Indian journal of veterinary science and animal husbandry - Volumes 18-21, 1948-1951
Year: 1948
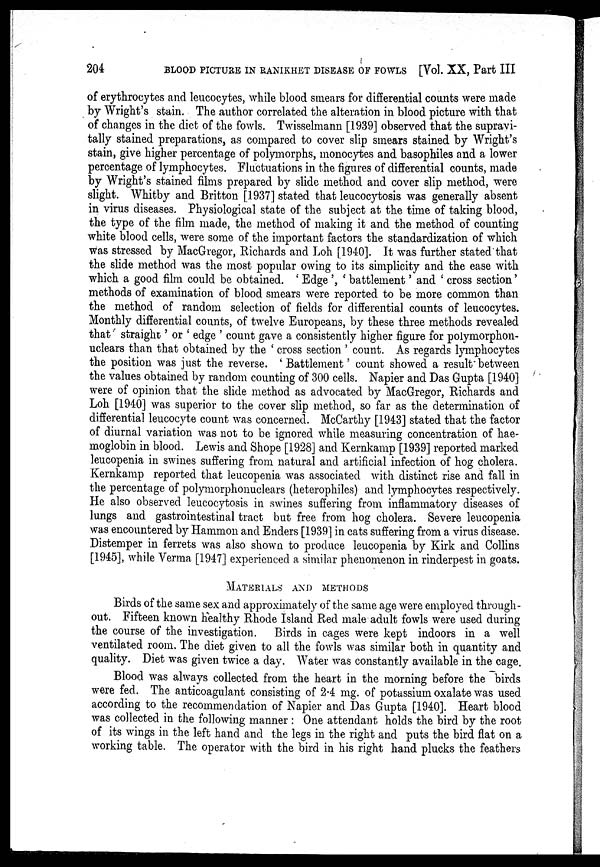
204
BLOOD PICTURE IN RANIKHET DISEASE OF FOWLS [Vol. XX, Part III
of erythrocytes and leucocytes, while blood smears for differential counts were made
by Wright's stain. The author correlated the alteration in blood picture with that
of changes in the diet of the fowls. Twisselmann [1939] observed that the supravi-
tally stained preparations, as compared to cover slip smears stained by Wright's
stain, give higher percentage of polymorphs, monocytes and basophiles and a lower
percentage of lymphocytes. Fluctuations in the figures of differential counts, made
by Wright's stained films prepared by slide method and cover slip method, were
slight. Whitby and Britton [1937] stated that leucocytosis was generally absent
in virus diseases. Physiological state of the subject at the time of taking blood,
the type of the film made, the method of making it and the method of counting
white blood cells, were some of the important factors the standardization of which
was stressed by MacGregor, Richards and Loh [1940]. It was further stated that
the slide method was the most popular owing to its simplicity and the ease with
which a good film could be obtained. ' Edge ', ' battlement ' and ' cross section '
methods of examination of blood smears were reported to be more common than
the method of random selection of fields for differential counts of leucocytes.
Monthly differential counts, of twelve Europeans, by these three methods revealed
that straight ' or ' edge ' count gave a consistently higher figure for polymorphon-
uclears than that obtained by the ' cross section ' count. As regards lymphocytes
the position was just the reverse. ' Battlement ' count showed a result between
the values obtained by random counting of 300 cells. Napier and Das Gupta [1940]
were of opinion that the slide method as advocated by MacGregor, Richards and
Loh [1940] was superior to the cover slip method, so far as the determination of
differential leucocyte count was concerned. McCarthy [1943] stated that the factor
of diurnal variation was not to be ignored while measuring concentration of hae-
moglobin in blood. Lewis and Shope [1928] and Kernkamp [1939] reported marked
leucopenia in swines suffering from natural and artificial infection of hog cholera.
Kernkamp reported that leucopenia was associated with distinct rise and fall in
the percentage of polymorphonuclears (heterophiles) and lymphocytes respectively.
He also observed leucocytosis in swines suffering from inflammatory diseases of
lungs and gastrointestinal tract but free from hog cholera. Severe leucopenia
was encountered by Hammon and Enders [1939] in cats suffering from a virus disease.
Distemper in ferrets was also shown to produce leucopenia by Kirk and Collins
[1945], while Verma [1947] experienced a similar phenomenon in rinderpest in goats.
MATERIALS AND METHODS
Birds of the same sex and approximately of the same age were employed through-
out. Fifteen known healthy Rhode Island Red male adult fowls were used during
the course of the investigation. Birds in cages were kept indoors in a well
ventilated room. The diet given to all the fowls was similar both in quantity and
quality. Diet was given twice a day. Water was constantly available in the cage.
Blood was always collected from the heart in the morning before the birds
were fed. The anticoagulant consisting of 2.4 mg. of potassium oxalate was used
according to the recommendation of Napier and Das Gupta [1940]. Heart blood
was collected in the following manner : One attendant holds the bird by the root
of its wings in the left hand and the legs in the right and puts the bird flat on a
working table. The operator with the bird in his right hand plucks the feathers